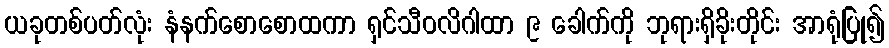
ယခုတစ်ပတ်လုံး နံနက်စောစောထကာ ရှင်သီဝလိဂါထာ ၉ ခေါက်ကို ဘုရားရှိခိုးတိုင်း အာရုံပြု၍